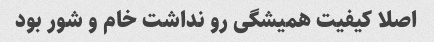
اصلا کیفیت همیشگی رو نداشت خام و شور بود